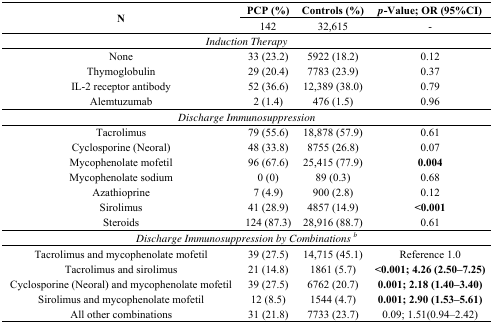
| <ROWSPAN=2> N | PCP (%) | Controls (%) | p-Value; OR (95%CI) |
 | 142 | 32,615 | - |
 | --- | --- | --- | --- |
 | <COLSPAN=4> Induction Therapy |
 | None | 33 (23.2) | 5922 (18.2) | 0.12 |
 | Thymoglobulin | 29 (20.4) | 7783 (23.9) | 0.37 |
 | IL-2 receptor antibody | 52 (36.6) | 12,389 (38.0) | 0.79 |
 | Alemtuzumab | 2 (1.4) | 476 (1.5) | 0.96 |
 | <COLSPAN=4> Discharge Immunosuppression |
 | Tacrolimus | 79 (55.6) | 18,878 (57.9) | 0.61 |
 | Cyclosporine (Neoral) | 48 (33.8) | 8755 (26.8) | 0.07 |
 | Mycophenolate mofetil | 96 (67.6) | 25,415 (77.9) | 0.004 |
 | Mycophenolate sodium | 0 (0) | 89 (0.3) | 0.68 |
 | Azathioprine | 7 (4.9) | 900 (2.8) | 0.12 |
 | Sirolimus | 41 (28.9) | 4857 (14.9) | <0.001 |
 | Steroids | 124 (87.3) | 28,916 (88.7) | 0.61 |
 | <COLSPAN=4> Discharge Immunosuppression by Combinations b |
 | Tacrolimus and mycophenolate mofetil | 39 (27.5) | 14,715 (45.1) | Reference 1.0 |
 | Tacrolimus and sirolimus | 21 (14.8) | 1861 (5.7) | <0.001; 4.26 (2.50–7.25) |
 | Cyclosporine (Neoral) and mycophenolate mofetil | 39 (27.5) | 6762 (20.7) | 0.001; 2.18 (1.40–3.40) |
 | Sirolimus and mycophenolate mofetil | 12 (8.5) | 1544 (4.7) | 0.001; 2.90 (1.53–5.61) |
 | All other combinations | 31 (21.8) | 7733 (23.7) | 0.09; 1.51(0.94–2.42) |